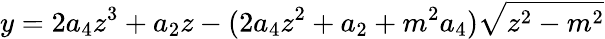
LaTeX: y=2a_{4}z^{3}+a_{2}z-(2a_{4}z^{2}+a_{2}+m^{2}a_{4})\sqrt{z^{2}-m^{2}}